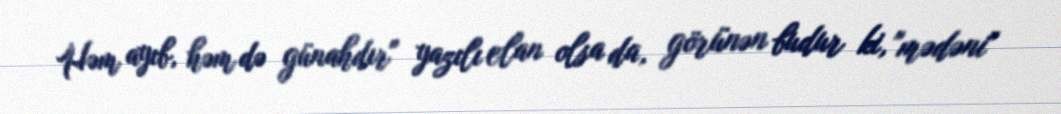
Həm ayıb, həm də günahdır" yazılı elan olsa da, görünən budur ki, "mədəni"